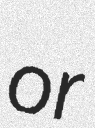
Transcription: or